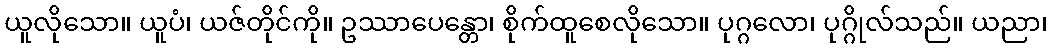
ယူလိုသော။ ယူပံ၊ ယဇ်တိုင်ကို။ ဥဿာပေန္တော၊ စိုက်ထူစေလိုသော။ ပုဂ္ဂလော၊ ပုဂ္ဂိုလ်သည်။ ယညာ၊